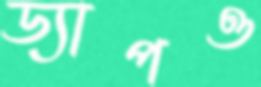
ড্যাপও